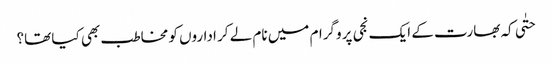
حتٰی کہ بھارت کے ایک نجی پروگرام میں نام لے کر اداروں کو مخاطب بھی کیا تھا؟